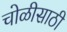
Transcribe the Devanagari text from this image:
चोळीसाठी